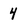
Character: 4